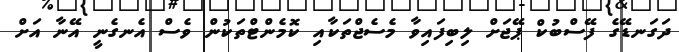
ދަގަނޑޭގެ ފޭސްބުކް ޕޭޖަށް ލިބިފައިވާ މެސެޖްތަކާއި ކޮމެންޓްތަކުން ވެސް އެނގެނީ އޭނާ އަށް